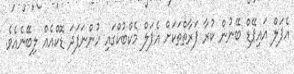
އެޕަލް އައިޕޭޑް ބޭނުން ކުރާ ފަރާތްތަކަށް އެޕަލް މެކްބުކްގައި ހުންނަފަދަ ޑޮކްއެއް ލިބޭނެއެވެ.